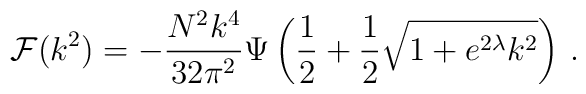
{\cal F}(k^2)= - \frac{N^2 k^4}{32 \pi^2} \Psi \left(\frac{1}{2} +\frac{1}{2}\sqrt{1+ e^{2\lambda} k^2}\right)\,.